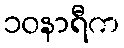
၁၀နာရီက